Medical and sanitary report of the native army of Bengal for the year
Year: 1875
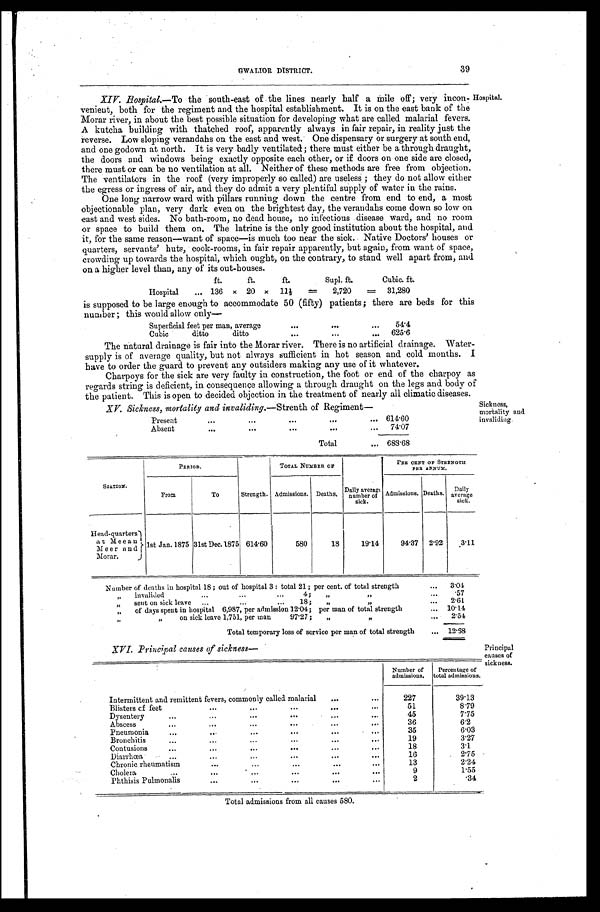
39
GWALIOR DISTRICT.
XIV. Hospital.— To the south-east of the lines nearly half a mile off; very incon
-venient, both for the regiment and the hospital establishment. It is on the east bank of the
Morar river, in about the best possible situation for developing what are called malarial fevers.
A kutcha building with thatched roof, apparently always in fair repair, in reality just the
reverse. Low sloping verandahs on the east and west. One dispensary or surgery at south end,
and one godown at north. It is very badly ventilated; there must either be a through draught,
the doors and windows being exactly opposite each other, or if doors on one side are closed,
there must or can be no ventilation at all. Neither of these methods are free from objection.
The ventilators in the roof (very improperly so called) are useless ; they do not allow either
the egress or ingress of air, and they do admit a very plentiful supply of water in the rains.
One long narrow ward with pillars running down the centre from end to end, a most
objectionable plan, very dark even on the brightest day, the verandahs come down so low on
east and west sides. No bath-room, no dead house, no infectious disease ward, and no room
or space to build them on. The latrine is the only good institution about the hospital, and
it, for the same reason —want of space—is much too near the sick. Native Doctors' houses or
quarters, servants' huts, cook-rooms, in fair repair apparently, but again, from want of space,
crowding up towards the hospital, which ought, on the contrary, to stand well apart from, and
on a higher level than, any of its out-houses.
Hospital.
ft.
ft.
ft.
Supl. ft.
Cubic. ft.
Hospital . . .
136
x
20 x
11½
=
2,720
=
31,280
is supposed to be large enough to accommodate 50 (fifty) patients; there are beds for this
number ; this would allow only—
Superficial feet per man, average . . .
54.4
Cubic ditto ditto . . .
625.6
The natural drainage is fair into the Morar river. There is no artificial drainage. Water
-supply is of average quality, but not always sufficient in hot season and cold months. I
have to order the guard to prevent any outsiders making any use of it whatever.
Charpoys for the sick are very faulty in construction, the foot or end of the charpoy as
regards string is deficient, in consequence allowing a through draught on the legs and body of
the patient. This is open to decided objection in the treatment of nearly all climatic diseases.
Sickness,
mortality and
invaliding.
XV. Sickness, mortality and invaliding.— Strenth of Regiment—
Present
.
.
. 614.60
Absent
.
.
.
74.07
Total . . . 683.68
STATION.
PERIOD.
Strength.
TOTAL NUMBER OF
Daily average
number of
sick.
PER CENT OF STRENGTH
P E R A N N U M .
From
To
Admissions. Deaths.
Admissions. Deaths.
Daily
average
sick.
Head-quarters
atMeean Meer and
Morar.
1st Jan. 1875 31st Dec. 1875 614.60
580
18
19.14
94.37
2.92
3.11
Number of deaths in hospital 18 ; out of hospital 3 : total 21; per cent. of total strength . . .
3.04
" i n v a l i d e d . . . 4 ; " " . . .
.57
" s e n t o n s i c k l e a v e " 1 8 ; " " . . .
2.61
" of days spent in hospital 6,987, per admission 12.04; per man of total strength . . .
10.14
" on sick leave 1,751, per man 97.27; " " . . .
2.54
Total temporary loss of service per man of total strength . . . 12.68
XVI. Principal causes of sickness—
Number of
admissions.
Percentage of
total admissions.
Intermittent and remittent fevers, commonly called malarial . . .
227
39.13
Blisters of feet . . .
51
8.79
D y sentery . . .
45
7.75
Abscess . . .
36
6.2
Pneumonia . . .
35
6.03
Bronchitis . . .
19
3.27
Contusions . . .
18
3.1
Diarrhœa . . .
16
2.75
Chronic rheumatism . . .
13
2.24
Cholera . . .
9
1.55
Phthisis Pulmonalis . . .
2
.34
Principal
causes of
sickness.
Total admissions from all causes 580.